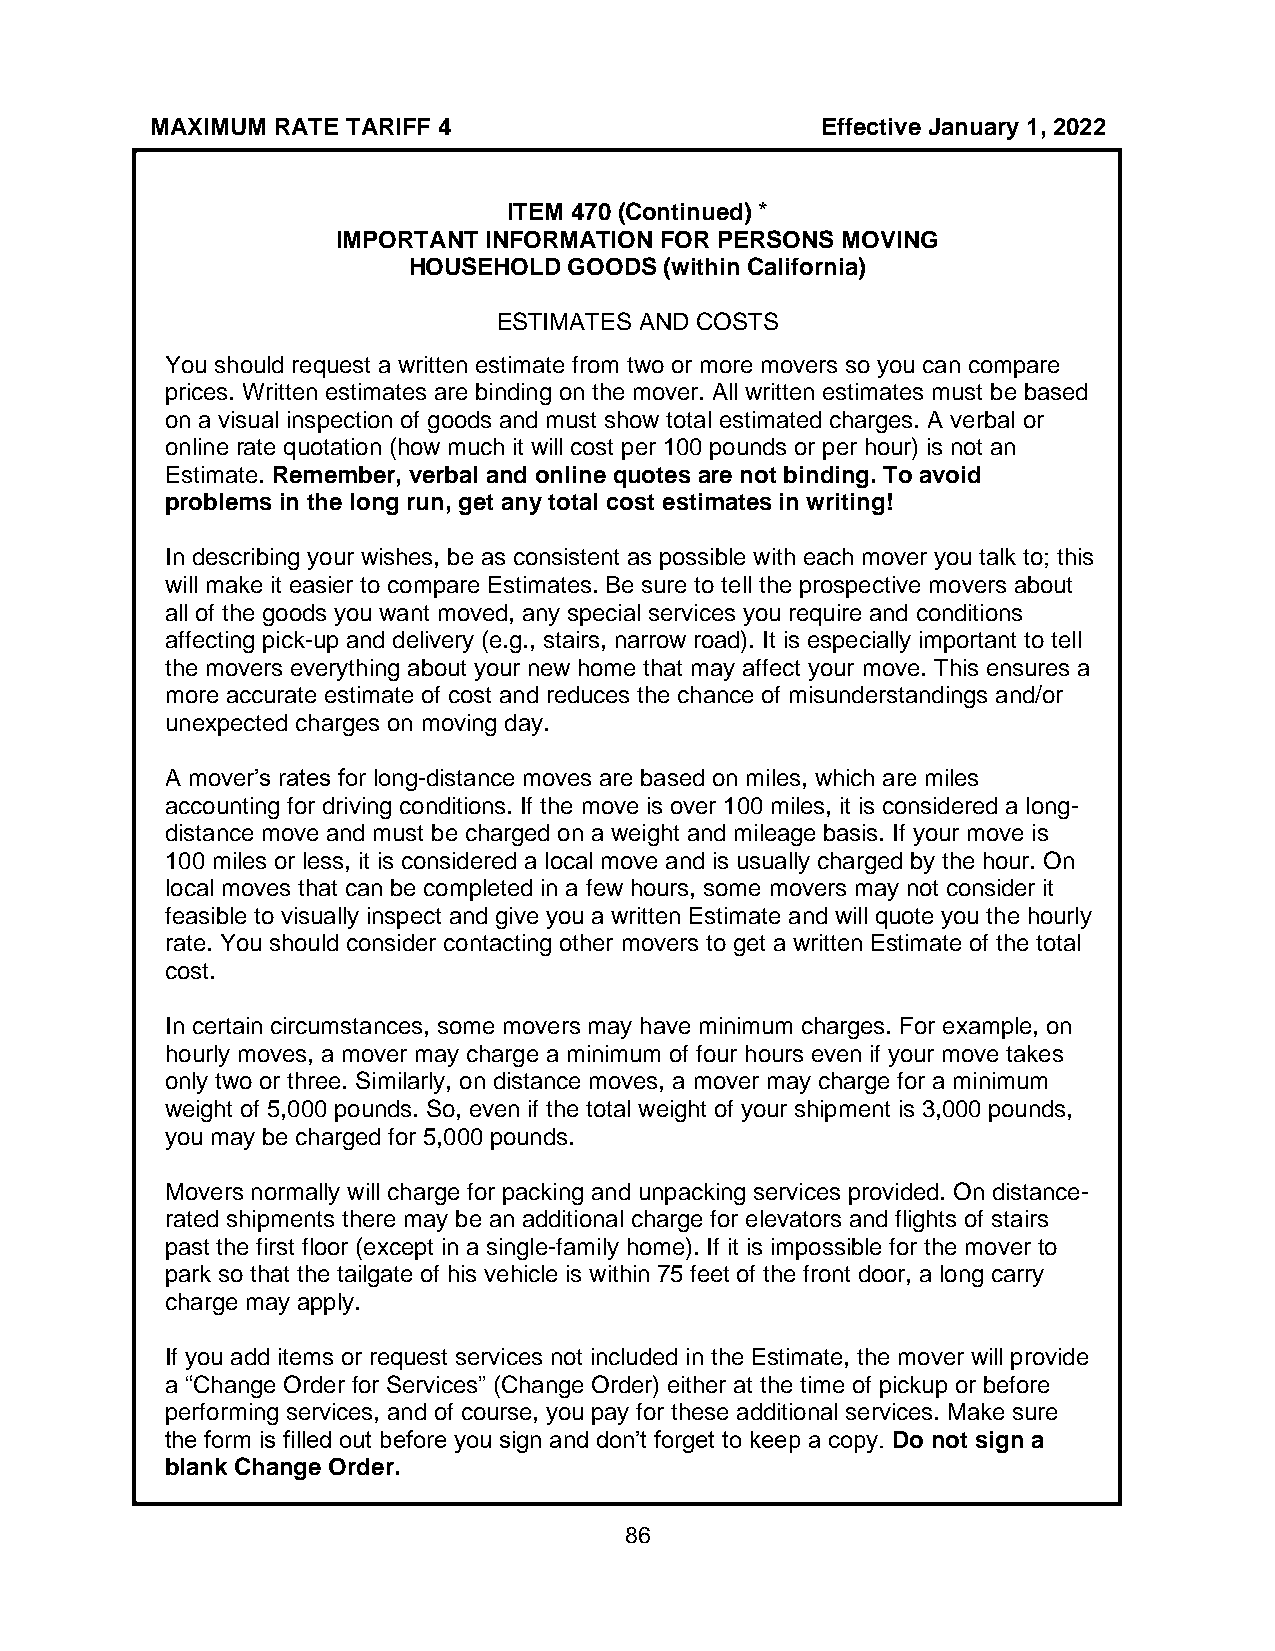
MAXIMUM RATE TARIFF 4                       Effective January 1, 2022
 ITEM 470 (Continued) *
 IMPORTANT INFORMATION FOR PERSONS MOVING
 HOUSEHOLD  GOODS (within California)
 ESTIMATES AND COSTS
 You should request a written estimate from two or more movers so you can compare
 prices. Written estimates are binding on the mover. All written estimates must be based
 on a visual inspection of goods and must show total estimated charges. A verbal or
 online rate quotation (how much it will cost per 100 pounds or per hour) is not an
 Estimate. Remember, verbal and online quotes are not binding. To avoid
 problems in the long run, get any total cost estimates in writing!
 In describing your wishes, be as consistent as possible with each mover you talk to; this
 will make it easier to compare Estimates. Be sure to tell the prospective movers about
 all of the goods you want moved, any special services you require and conditions
 affecting pick-up and delivery (e.g., stairs, narrow road). It is especially important to tell
 the movers everything about your new home that may affect your move. This ensures a
 more accurate estimate of cost and reduces the chance of misunderstandings and/or
 unexpected charges on moving day.
 A mover’s rates for long-distance moves are based on miles, which are miles
 accounting for driving conditions. If the move is over 100 miles, it is considered a long-
 distance move and must be charged on a weight and mileage basis. If your move is
 100 miles or less, it is considered a local move and is usually charged by the hour. On
 local moves that can be completed in a few hours, some movers may not consider it
 feasible to visually inspect and give you a written Estimate and will quote you the hourly
 rate. You should consider contacting other movers to get a written Estimate of the total
 cost.
 In certain circumstances, some movers may have minimum charges. For example, on
 hourly moves, a mover may charge a minimum of four hours even if your move takes
 only two or three. Similarly, on distance moves, a mover may charge for a minimum
 weight of 5,000 pounds. So, even if the total weight of your shipment is 3,000 pounds,
 you may be charged for 5,000 pounds.
 Movers normally will charge for packing and unpacking services provided. On distance-
 rated shipments there may be an additional charge for elevators and flights of stairs
 past the first floor (except in a single-family home). If it is impossible for the mover to
 park so that the tailgate of his vehicle is within 75 feet of the front door, a long carry
 charge may apply.
 If you add items or request services not included in the Estimate, the mover will provide
 a “Change Order for Services” (Change Order) either at the time of pickup or before
 performing services, and of course, you pay for these additional services. Make sure
 the form is filled out before you sign and don’t forget to keep a copy. Do not sign a
 blank Change Order.
 86